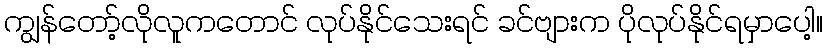
ကျွန်တော့်လိုလူကတောင် လုပ်နိုင်သေးရင် ခင်ဗျားက ပိုလုပ်နိုင်ရမှာပေါ့။